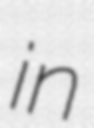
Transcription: in